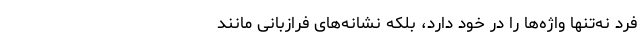
فرد نه‌تنها واژه‌ها را در خود دارد، بلکه نشانه‌های فرازبانی مانند